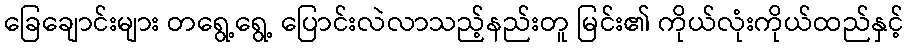
ခြေချောင်းများ တရွေ့ရွေ့ ပြောင်းလဲလာသည့်နည်းတူ မြင်း၏ ကိုယ်လုံးကိုယ်ထည်နှင့်